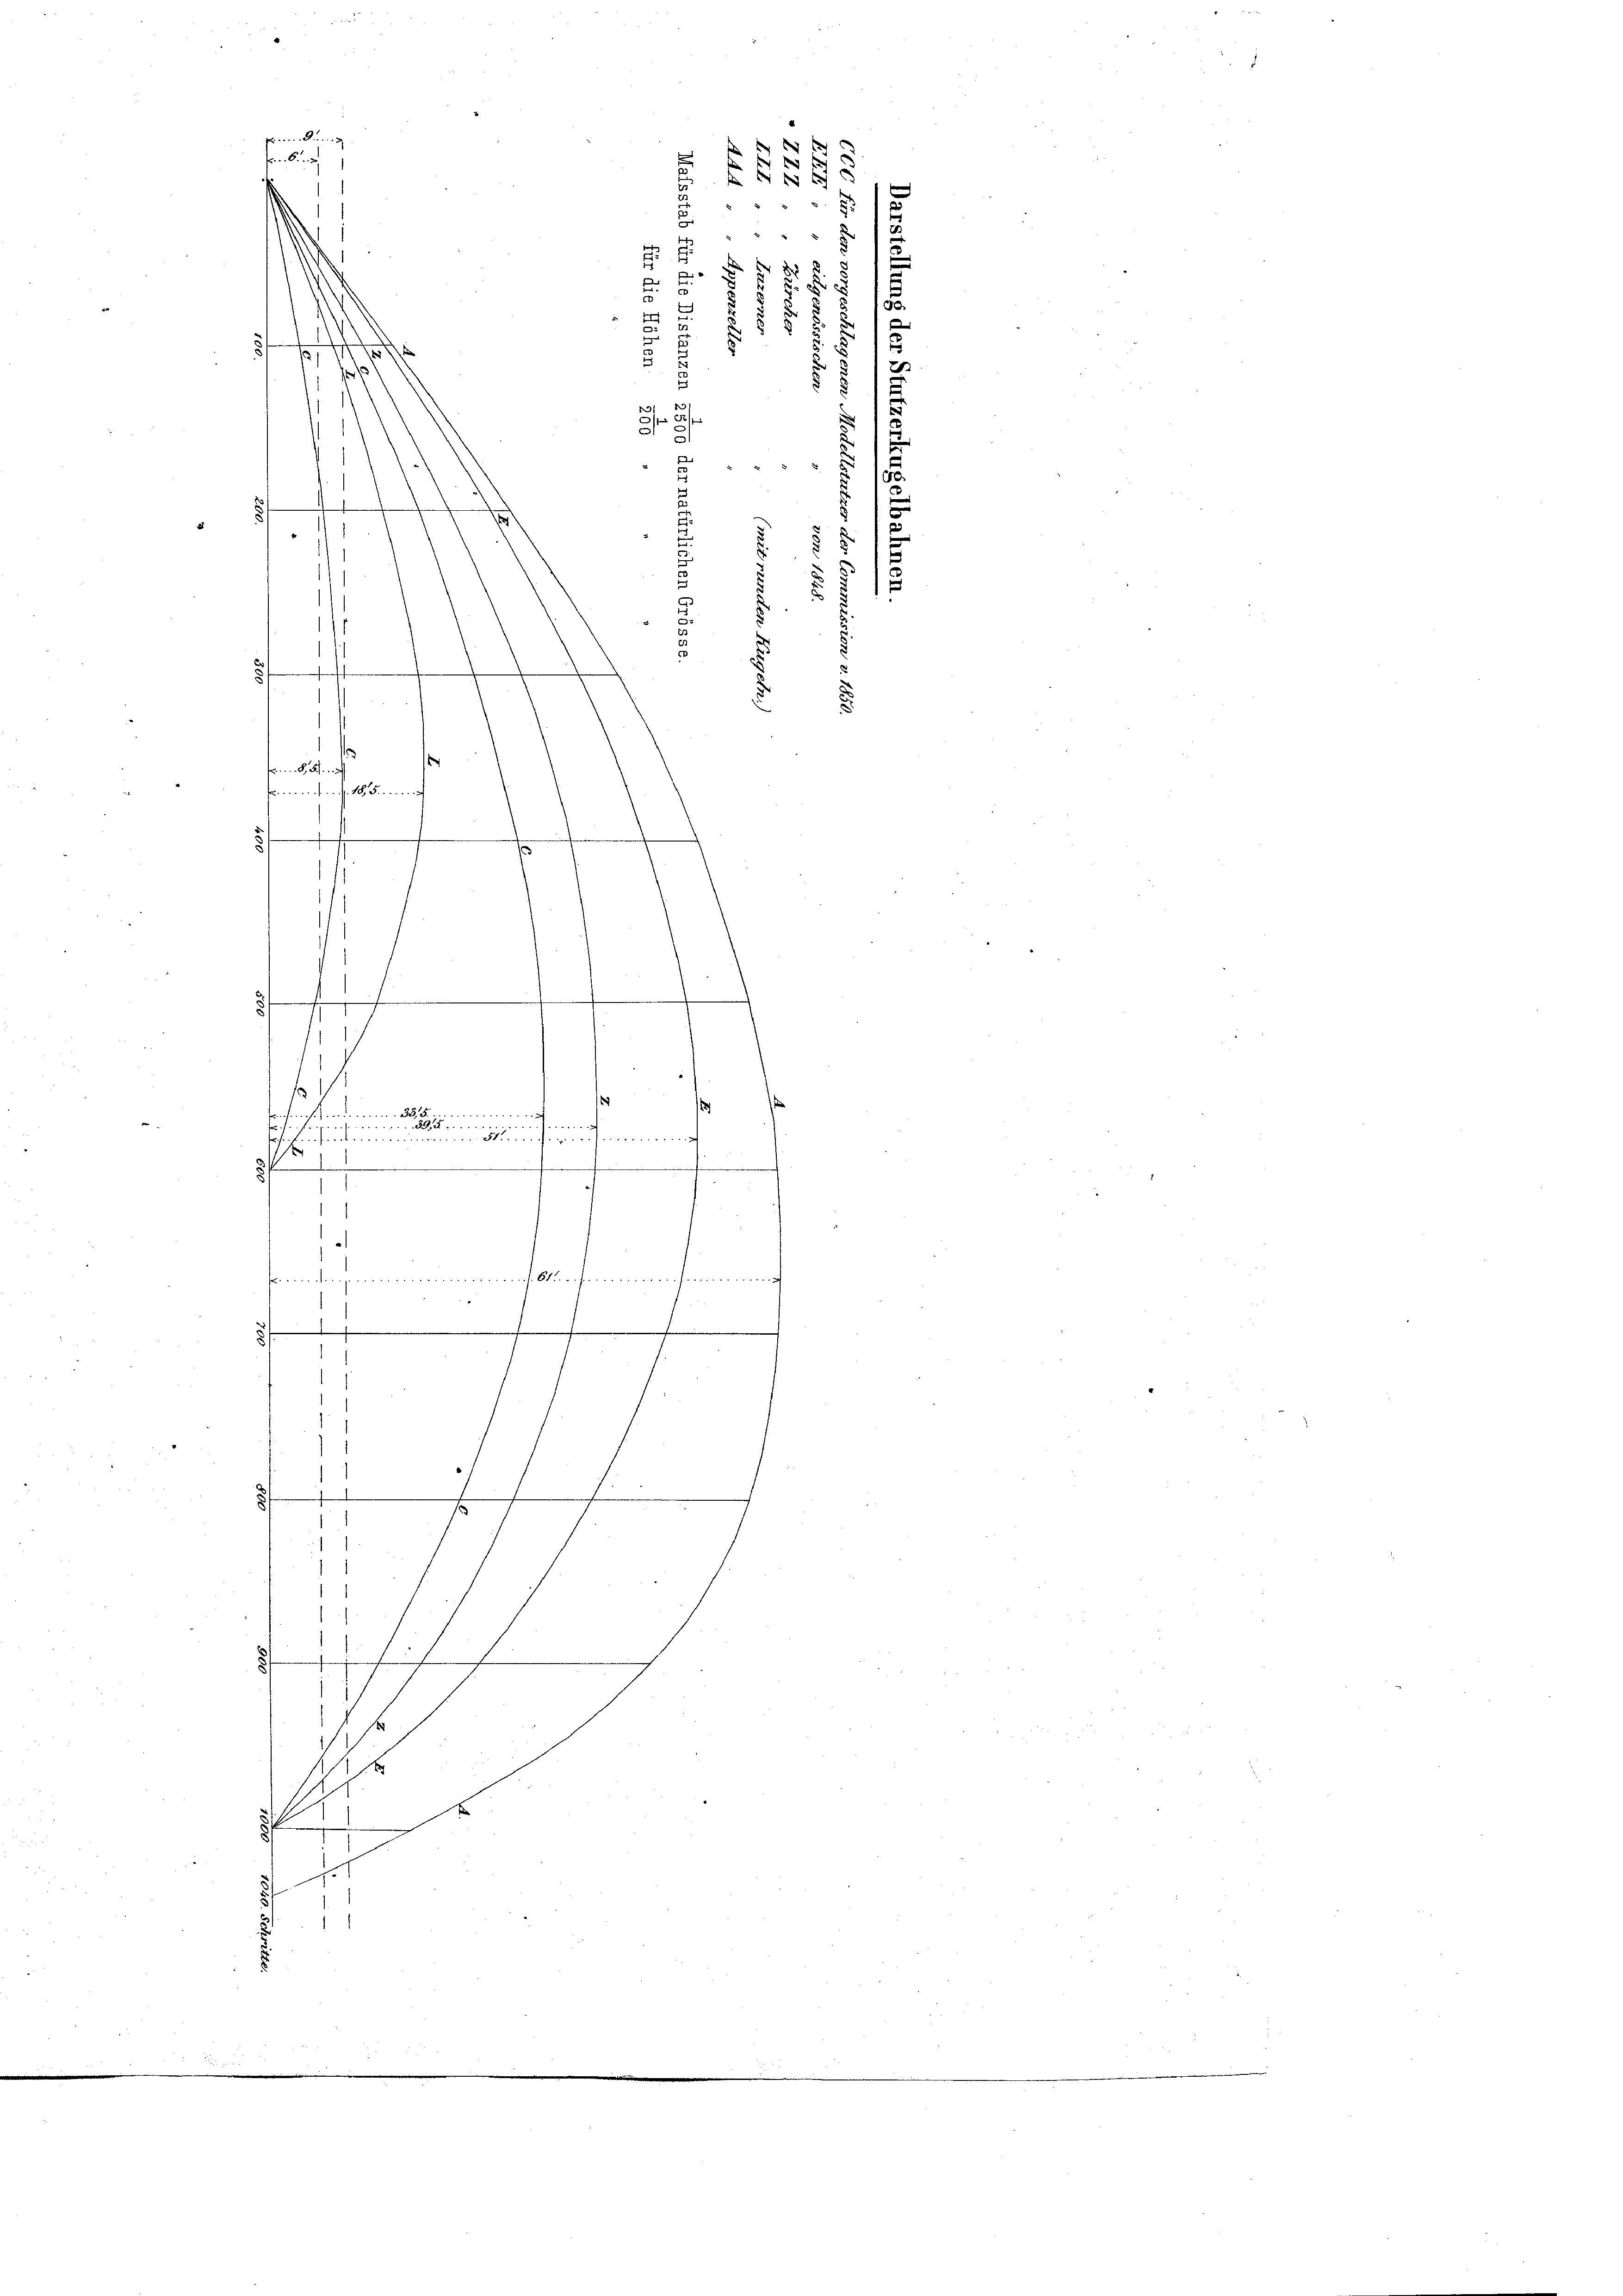
s
.
.
8
fnenden 185
1
e
he
s
der
ferten
11 f
3
h
1
)
22 x
nach Streifen.
u
f
s
7
8
8
f
s
E

Esendung
 f 0 x
fenkung
 f
f 0 x
1f
1

f
e
e
t
30.
d
.
§
s
8
18)
e
co
s
e

u
d
.

s
.

¬

f
3f
s
.
che ein

s
" " 5. f
.
8
.
d